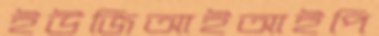
ইউজিআইআইপি